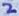
Text: 2